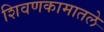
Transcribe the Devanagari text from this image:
शिवणकामातले